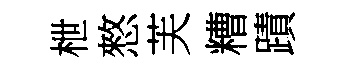
枻憗芙糟蹟